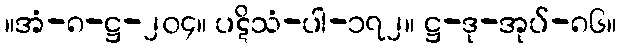
။အံ-၈-ဋ္ဌ-၂၀၄။ ပဋိသံ-ပါ-၁၇၂။ ဋ္ဌ-ဒု-အုပ်-၈၆။